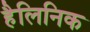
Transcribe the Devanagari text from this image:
हैलिनिक